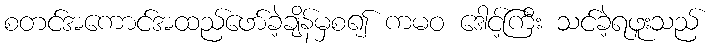
စတင်အကောင်အထည်ဖော်ခဲ့ချိန်မှစ၍ ကမဝ ဒေါင့်ကြီး သင်ခဲ့ရဖူးသည်